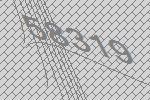
58319